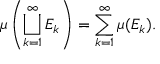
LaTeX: \mu \left( \bigsqcup _ { k = 1 } ^ { \infty } E _ { k } \right) = \sum _ { k = 1 } ^ { \infty } \mu ( E _ { k } ) .